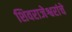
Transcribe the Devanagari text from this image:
शिवराजेश्वरांचे